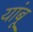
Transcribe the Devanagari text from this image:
यांबू